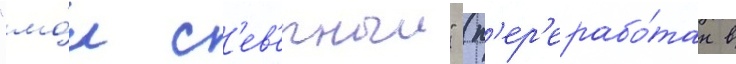
"мо́л с'ев'ерныи" (п'ер'ерабо́тан в